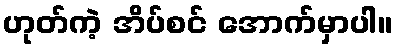
ဟုတ်ကဲ့ အိပ်စင် အောက်မှာပါ။